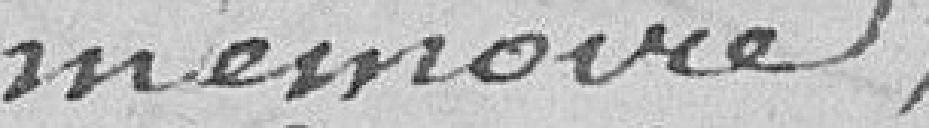
mémoire,